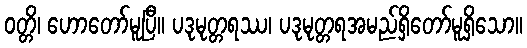
ဝတ္တိ၊ ဟောတော်မူပြီ။ ပဒုမုတ္တရဿ၊ ပဒုမုတ္တရအမည်ရှိတော်မူရှိသော။